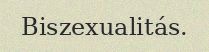
Biszexualitás.